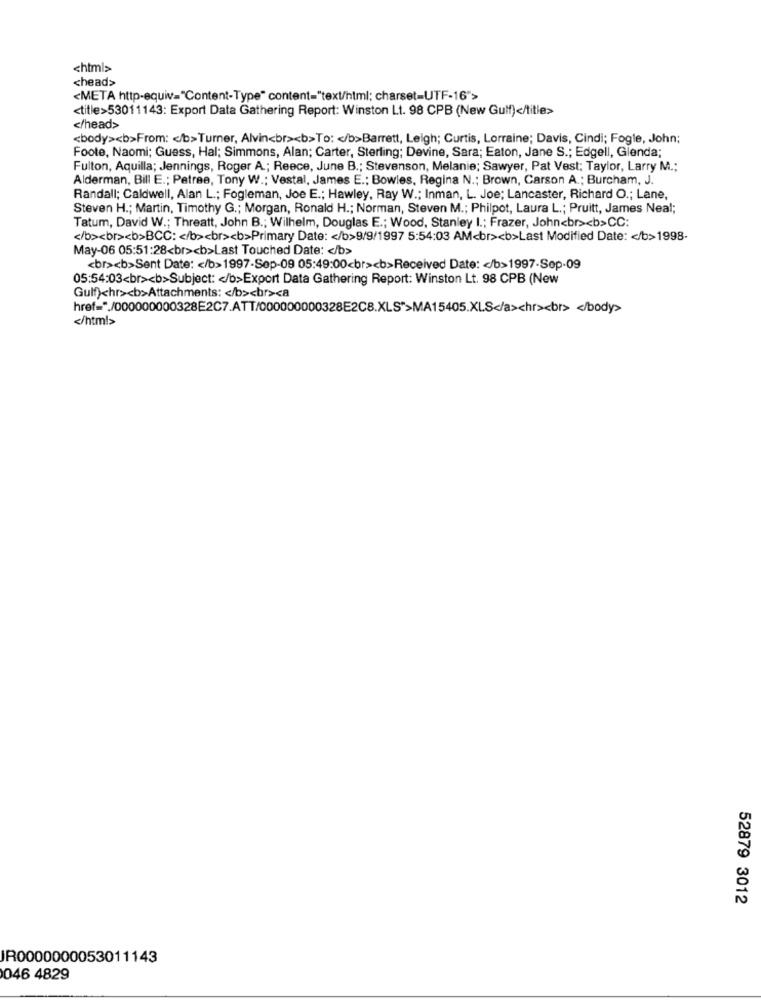
<html>
<head>
<META http-equiv="Content-Type" content="text/html; charset=UTF-16">
<title>53011143: Export Data Gathering Report: Winston Lt. 98 CPB (New Gulf)</title>
</head>
<body><b>From: < /b>Turner, Alvin<br><b>To: < /b>Barrett, Leigh; Curtis, Lorraine; Davis, Cindi; Fogle, John;
Foote, Naomi; Guess, Hal; Simmons, Alan; Carter, Sterling; Devine, Sara; Eaton, Jane S .; Edgell, Glenda;
Fulton, Aquilla; Jennings, Roger A .; Reece, June B .; Stevenson, Melanie; Sawyer, Pat Vest; Taylor, Larry M .;
Alderman, Bill E .; Patree, Tony W .; Vestal, James E .; Bowles, Regina N .; Brown, Carson A .; Burcham, J.
Randall; Caldwell, Alan L .; Fogleman, Joe E .; Hawley, Ray W .; Inman, L. Joe; Lancaster, Richard O .; Lane,
Steven H .; Martin, Timothy G .; Morgan, Ronald H .; Norman, Steven M .; Philpot, Laura L .; Pruitt, James Neal;
Tatum, David W .; Threatt, John B .; Wilhelm, Douglas E .; Wood, Stanley I .; Frazer, John<br><b>CC:
</b><br><b>BCC: < /b><br><b>Primary Date: < /b>9/9/1997 5:54:03 AM<br><b>Last Modified Date: < /b>1998-
May-06 05:51:28<br><b>Last Touched Date: < /b>
<br><b>Sent Date: < /b>1997-Sep-09 05:49:00<br><b>Received Date: < /b>1997-Sep-09
05:54:03<br><b>Subject: < /b>Export Data Gathering Report: Winston Lt. 98 CPB (New
Gulf)chr><b>Attachments: < /b><br><a
href="./000000000328E2C7.ATT/000000000328E2C8.XLS">MA15405.XLS</a>chr><br> </body>
</html>
52879 3012
IR0000000053011143
046 4829